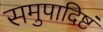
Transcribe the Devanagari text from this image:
समुपादिष्टं